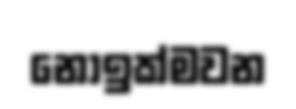
නොඉක්මවන